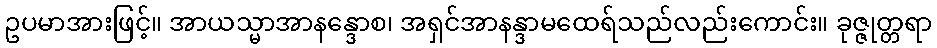
ဥပမာအားဖြင့်။ အာယသ္မာအာနန္ဒောစ၊ အရှင်အာနန္ဒာမထေရ်သည်လည်းကောင်း။ ခုဇ္ဇုတ္တရာ